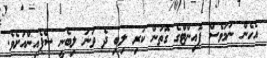
އެހެން ނަމަވެސް ޕޮއިންޓްގެ ގޮތުން ކުރި ލިބި ދެ ވަނަ ލިބެނީ ސްޕެއިންއަށެވެ.